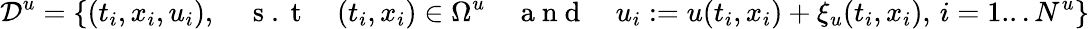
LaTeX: \mathcal{D}^{u}=\left\{ (t_{i},x_{i},u_{i}),\quad\mathrm{~s~.~t~}\quad(t_{i},x_{i})\in\Omega^{u}\quad\mathrm{~a~n~d~}\quad u_{i}:=u(t_{i},x_{i})+\xi_{u}(t_{i},x_{i}),\, i=1...N^{u}\right\}